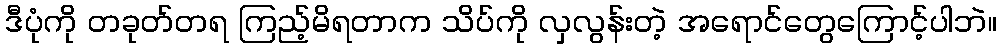
ဒီပုံကို တခုတ်တရ ကြည့်မိရတာက သိပ်ကို လှလွန်းတဲ့ အရောင်တွေကြောင့်ပါဘဲ။